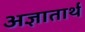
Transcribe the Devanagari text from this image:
अज्ञातार्थ